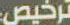
ترخيص